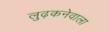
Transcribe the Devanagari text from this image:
लुढ़कनेवाला